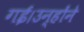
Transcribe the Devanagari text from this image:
गई।उन्होंने